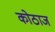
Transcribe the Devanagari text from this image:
कोठाज